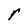
Character: r